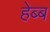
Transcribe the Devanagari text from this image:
हेब्ब